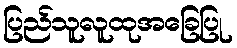
ပြည်သူလူထုအခြေပြု